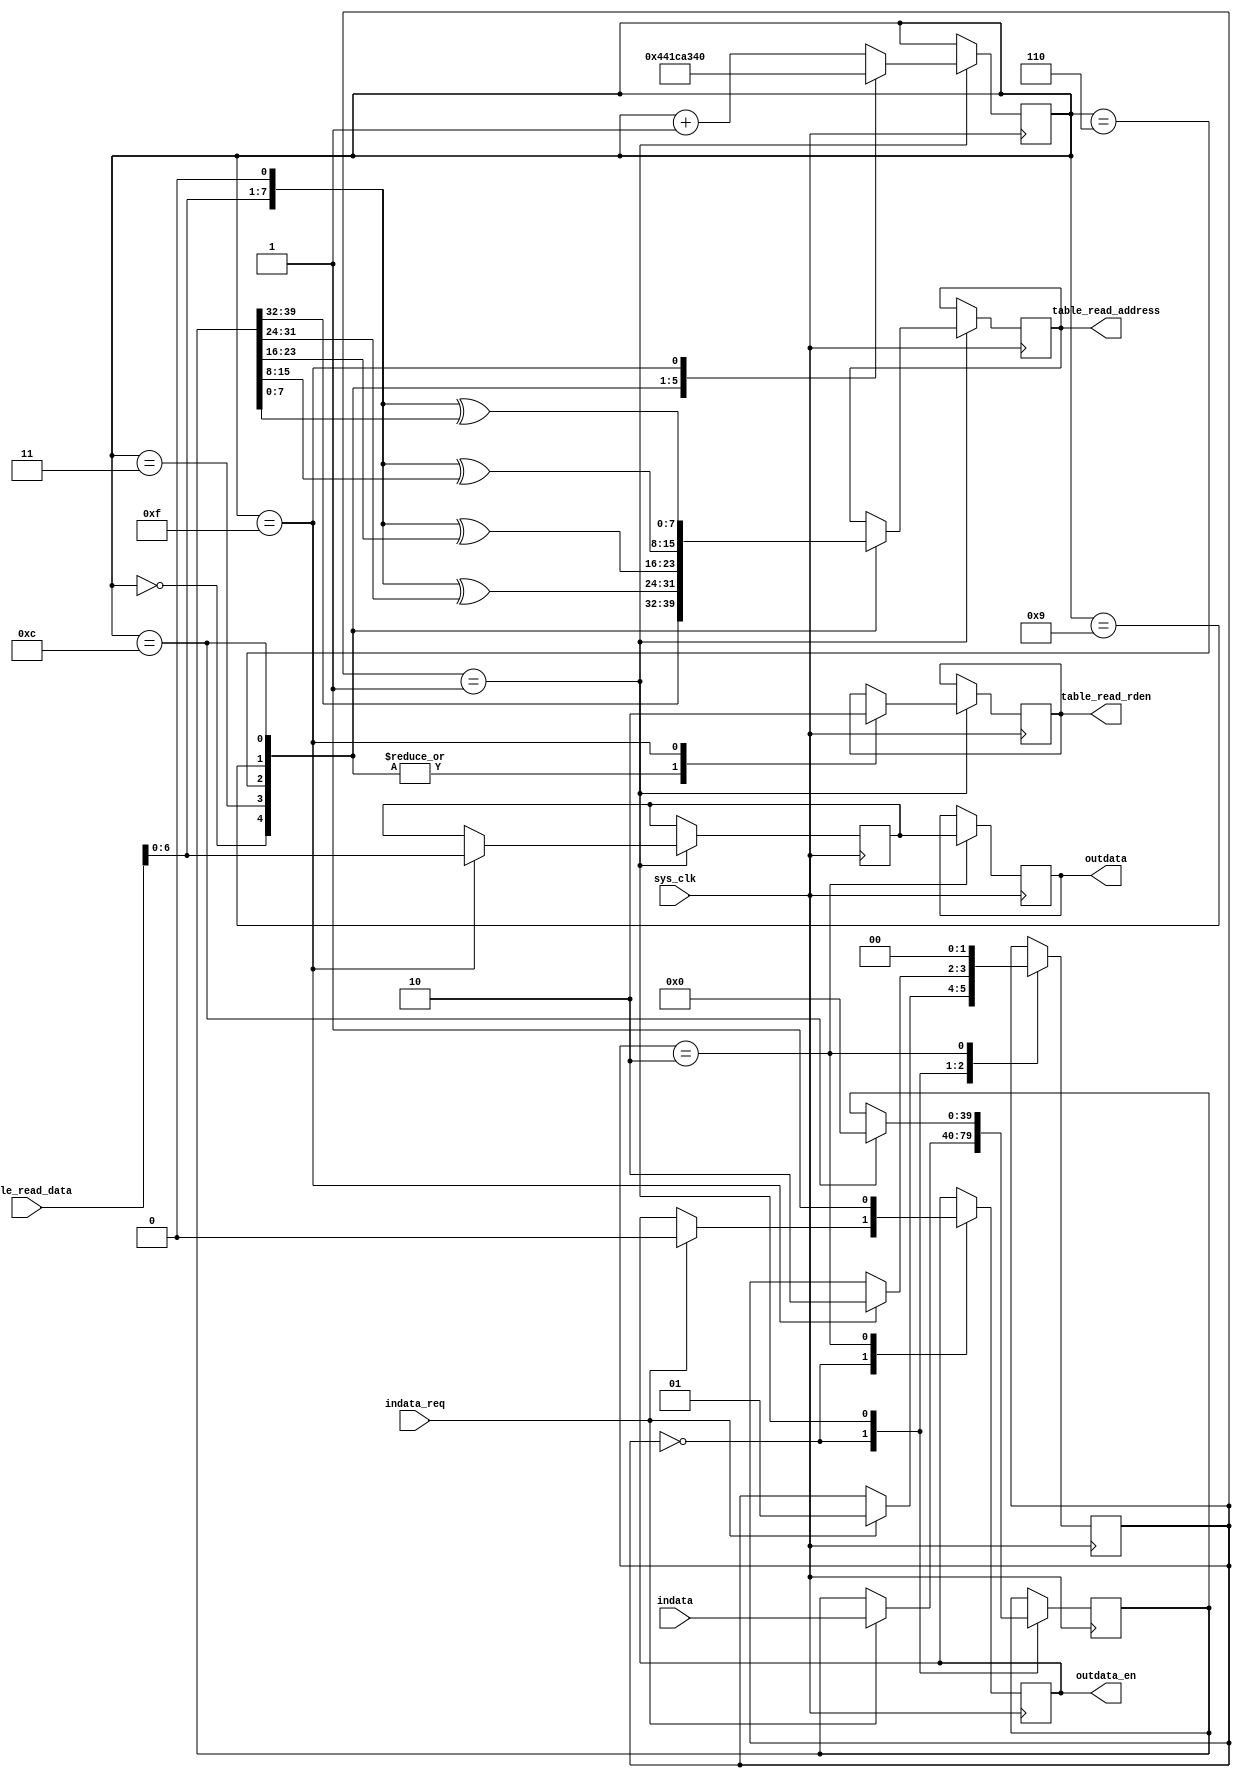
module crc7(
	sys_clk,
	indata,
	indata_req,
	
	table_read_rden,
	table_read_address,
	table_read_data,
	
	outdata,
	outdata_en
	);
	
input sys_clk;
input[39:0] indata;//????????
input indata_req;//????

output	table_read_rden;//??????
output[7:0]	table_read_address;
input[7:0]	table_read_data;

output[6:0] outdata;//???????
output outdata_en;//?????????

parameter	crc_idle=2'd0;
parameter	crc_convert=2'd1;
parameter	crc_outdata=2'd2;
reg[1:0]	crc_state;
reg[39:0]	indata_temp;

reg	table_read_rden;//??????
reg[7:0]	table_read_address;

reg	outdata_en;
reg[5:0]	byte_counter;
reg[6:0]	outdata;
reg[6:0]	crc_temp;
reg[39:0]	tempdata;

initial
	begin
		crc_state<=crc_idle;
		indata_temp<=0;
		
		table_read_rden=0;
		table_read_address=0;
		
		outdata_en<=0;
		byte_counter<=0;
		outdata<=0;	
		crc_temp<=0;	
	end

always @(posedge sys_clk)
begin
	case(crc_state)
		crc_idle:
			begin
				if(indata_req)
					begin
						crc_state<=crc_convert;
						indata_temp<=indata[39:0];
						outdata_en<=1'b0;
					end
			end
		crc_convert:
			begin
				case(byte_counter)
					0:
						begin
							table_read_rden<=1'b1;
							table_read_address<=indata_temp[39:32];//????????
							byte_counter<=1;
						end
					3:
						begin
							table_read_rden<=1'b1;
							table_read_address<={table_read_data[6:0],1'b0}^indata_temp[31:24];//???
							byte_counter<=4;
						end
					6:
						begin
							table_read_rden<=1'b1;
							table_read_address<={table_read_data[6:0],1'b0}^{indata_temp[23:16]};//???
							byte_counter<=7;
						end
					9:
						begin
							table_read_rden<=1'b1;
							table_read_address<={table_read_data[6:0],1'b0}^{indata_temp[15:8]};//???
							byte_counter<=10;
						end
					12:
						begin
							indata_temp<=0;
							table_read_rden<=1'b1;
							table_read_address<={table_read_data[6:0],1'b0}^{indata_temp[7:0]};//???
							byte_counter<=13;
						end
					15:
						begin
							table_read_rden<=1'b0;
							crc_temp<=table_read_data[6:0];
							byte_counter<=0;
							crc_state<=crc_outdata;
						end
					default:
						begin
							byte_counter<=byte_counter+1'd1;
						end
				endcase
			end
		crc_outdata:
			begin
				outdata<=crc_temp;
				outdata_en<=1'b1;
				crc_state<=crc_idle;
			end
	endcase			
end

endmodule